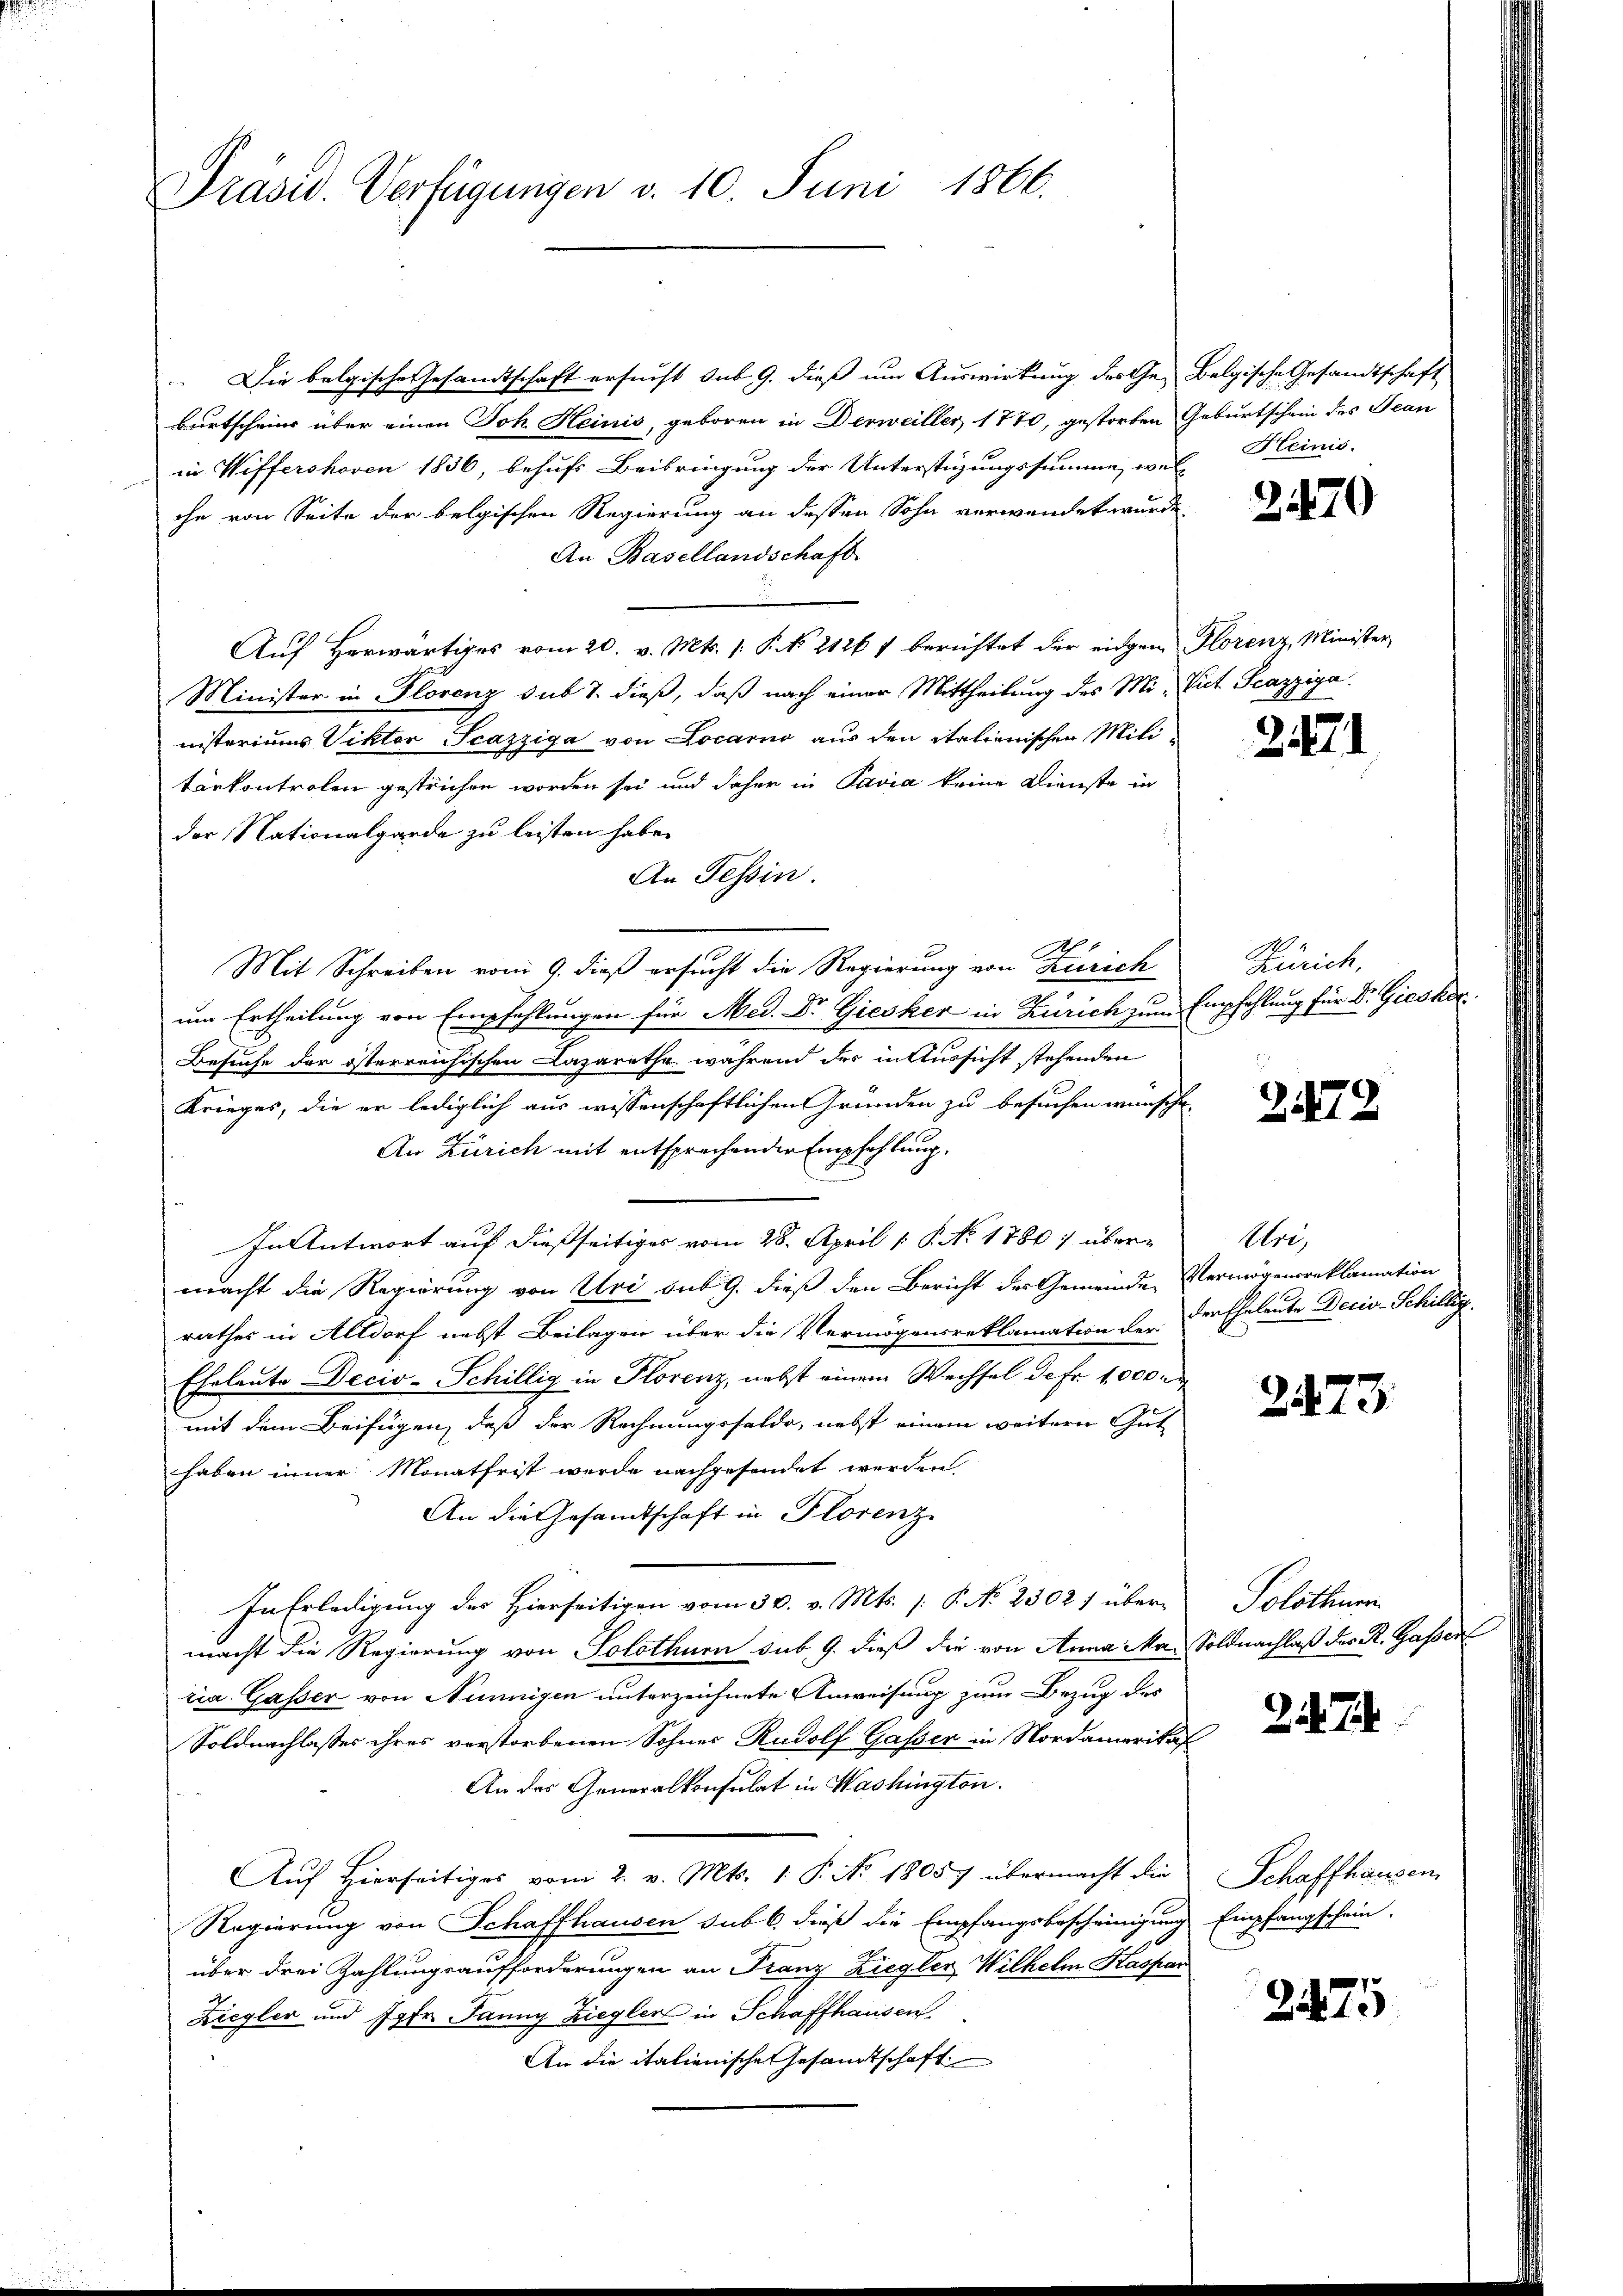
Präsid. Verfügungen v. 10. Juni 1866.

Die belgische Gesandtschaft ersucht sub 9. dieß um Auswirkung des Ge- Belgische Gesandtschaft
Bartscheins über einen Joh. Heinis, geboren in Derweiller, 1770, gestorben Geburtschein des Jean
in Wiffershoven 1836, behufs Beibringung der Unterstüzungssumme, wel-
che von Seite der belgischen Regierung an dessen Sohn verwendet wurde.
An Basellandschaft
Auf Herwärtiges vom 20. v. Mts. 1. P. NNo. 2126 f berichtet der eigen Florenz, Minister
Minister in Florenz sub 7. dieß, daß nach einer Mittheilung des Mi- Vict Scazziga
nisteriums Viktor Scazziga von Locarno aus den italienischen Mili-
tärkontrolen gestrichen worden sei und daher in Pavia keine Dienste in
der Nationalgarde zu leisten habe.
An Tessin.
c
Mit Schreiben vom 9. dieß ersucht die Regierung von Zürich
um Ertheilung von Empfehlungen für Med. Dr Giesker in Zürich zum Empfehlung für Dr. Giesker
chischen Lazarethe während der in Aussicht stehenden
Besuche der österre
Krieges, die er lediglich aus wissenschaftlichen Gründen zu besuchen wünsche
An Zürich mit entsprochender Empfehlung.
In Antwort auf dießseitiges vom 28. April 18. No. 1780. übermacht die Regierung von Uri sub 9. dieß den Bericht des Gemeinde Vermögensreklamation
rathes in Altdorf nebst Beilagen über die Vermögensreklamation der
Eheleute Decis-Schillig in Florenz, nebst einem Wechsel de fr. 1000 r
mit dem Beifügen, daß der Rechnungssaldo, nebst einem weitern Gut
haben inner Monathrist werde nachgesendet werden.
An die Gesandtschaft in Florenz
In Erledigung des Hierseitigen vom 30. v. Mts. /: P. No 2302) übermacht die Regierung von Solothurn sub. 9. dieß die von Anna Ma Soldnachlaß des R. Gasser
ria Gasser von Nunnigen unterzeichnete Anweisung zum Bezug des
Soldnachlasses ihres verstorbenen Sohnes Rudolf Gasser in Nordamerikas
An das Generalkonsulat in Washington.
Auf hierseitiges vom 2. v. Mts. 1. P. No 1805. übermacht die
Regierung von Schaffhausen sub b. dieß die Empfangsbescheinigung Empfangschein-
über drei Zahlungsaufforderungen an Franz Ziegler Wilhelm Kaspar
Ziegler und Jgfr. Janny Ziegler in Schaffhausen
An die italienische Gesandtschaft

Heinis.

2470

2171

Zürich,

2472

Uri,
der Eheleute Deciv-Schillig.

2473.

Solothurn.

2

Schaffhausen

2475